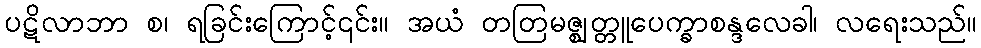
ပဋိလာဘာ စ၊ ရခြင်းကြောင့်၎င်း။ အယံ တတြမဇ္ဈတ္တူပေက္ခာစန္ဒလေခါ၊ လရေးသည်။